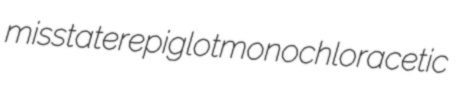
misstater epiglot monochloracetic